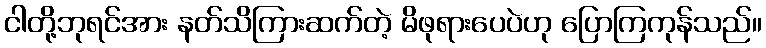
ငါတို့ဘုရင်အား နတ်သိကြားဆက်တဲ့ မိဖုရားပေပဲဟု ပြောကြကုန်သည်။